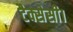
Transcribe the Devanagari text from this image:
टैक्सेसी।